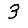
Digit: 3